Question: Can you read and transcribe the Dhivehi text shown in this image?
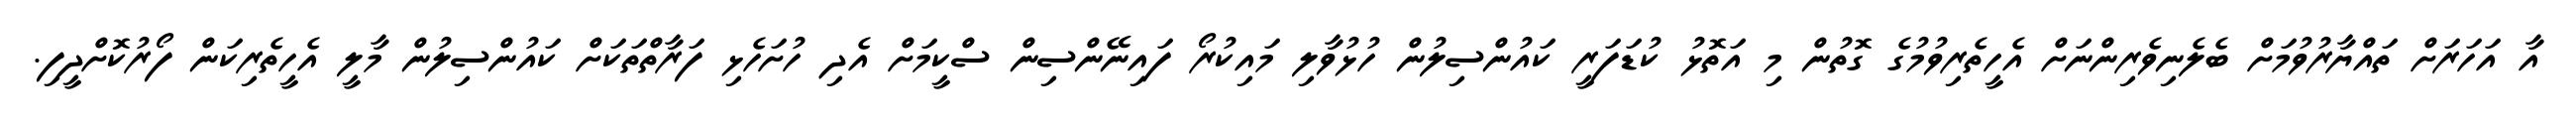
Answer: އާ އަހަރަށް ތައްޔާރުވުމަށް ބެލެނިވެރިންނަށް އެހީތެރިވުމުގެ ގޮތުން މި އަތޮޅު ކުޑަފަރީ ކައުންސިލުން ހުޅުވާލި މައިކުރޯ ފައިނޭންސިން ސްކީމަށް އެދި ހުށަހެޅި ފަރާތްތަކަށް ކައުންސިލުން މާލީ އެހީތެރިކަން ފޯރުކޮށްދީފި.